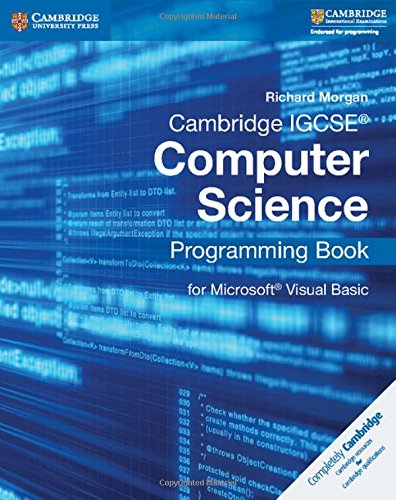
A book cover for Cambridge IGCSEÂ® Computer Science Programming Book: for MicrosoftÂ® Visual Basic (Cambridge International Examinations); Richard Morgan; Teen & Young Adult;